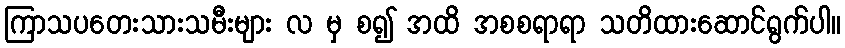
ကြာသပတေးသားသမီးများ လ မှ စ၍ အထိ အစစရာရာ သတိထားဆောင်ရွက်ပါ။